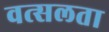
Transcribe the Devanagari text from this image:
वत्सलता